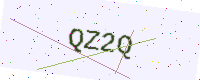
Text: QZ2Q